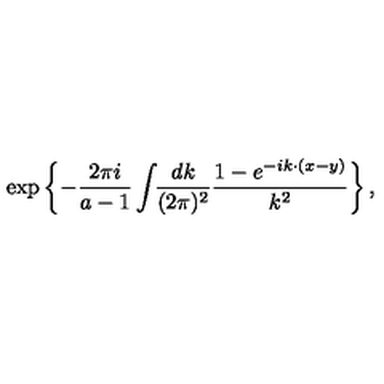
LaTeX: \exp \left\{ - \frac { 2 \pi i } { a - 1 } \int \! \! \frac { d k } { ( 2 \pi ) ^ { 2 } } \frac { 1 - e ^ { - i k { \cdotp } ( x - y ) } } { k ^ { 2 } } \right\} ,